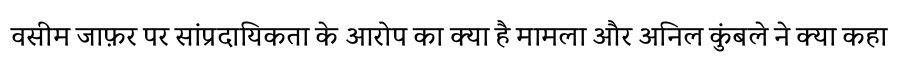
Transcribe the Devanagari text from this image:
वसीम जाफ़र पर सांप्रदायिकता के आरोप का क्या है मामला और अनिल कुंबले ने क्या कहा